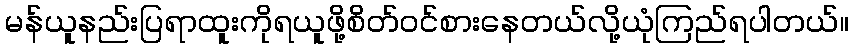
မန်ယူနည်းပြရာထူးကိုရယူဖို့စိတ်ဝင်စားနေတယ်လို့ယုံကြည်ရပါတယ်။